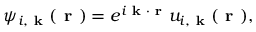
\begin{array} { r } { \psi _ { i , \textbf { k } } ( \textbf { r } ) = e ^ { i \textbf { k } \cdot \textbf { r } } u _ { i , \textbf { k } } ( \textbf { r } ) , } \end{array}